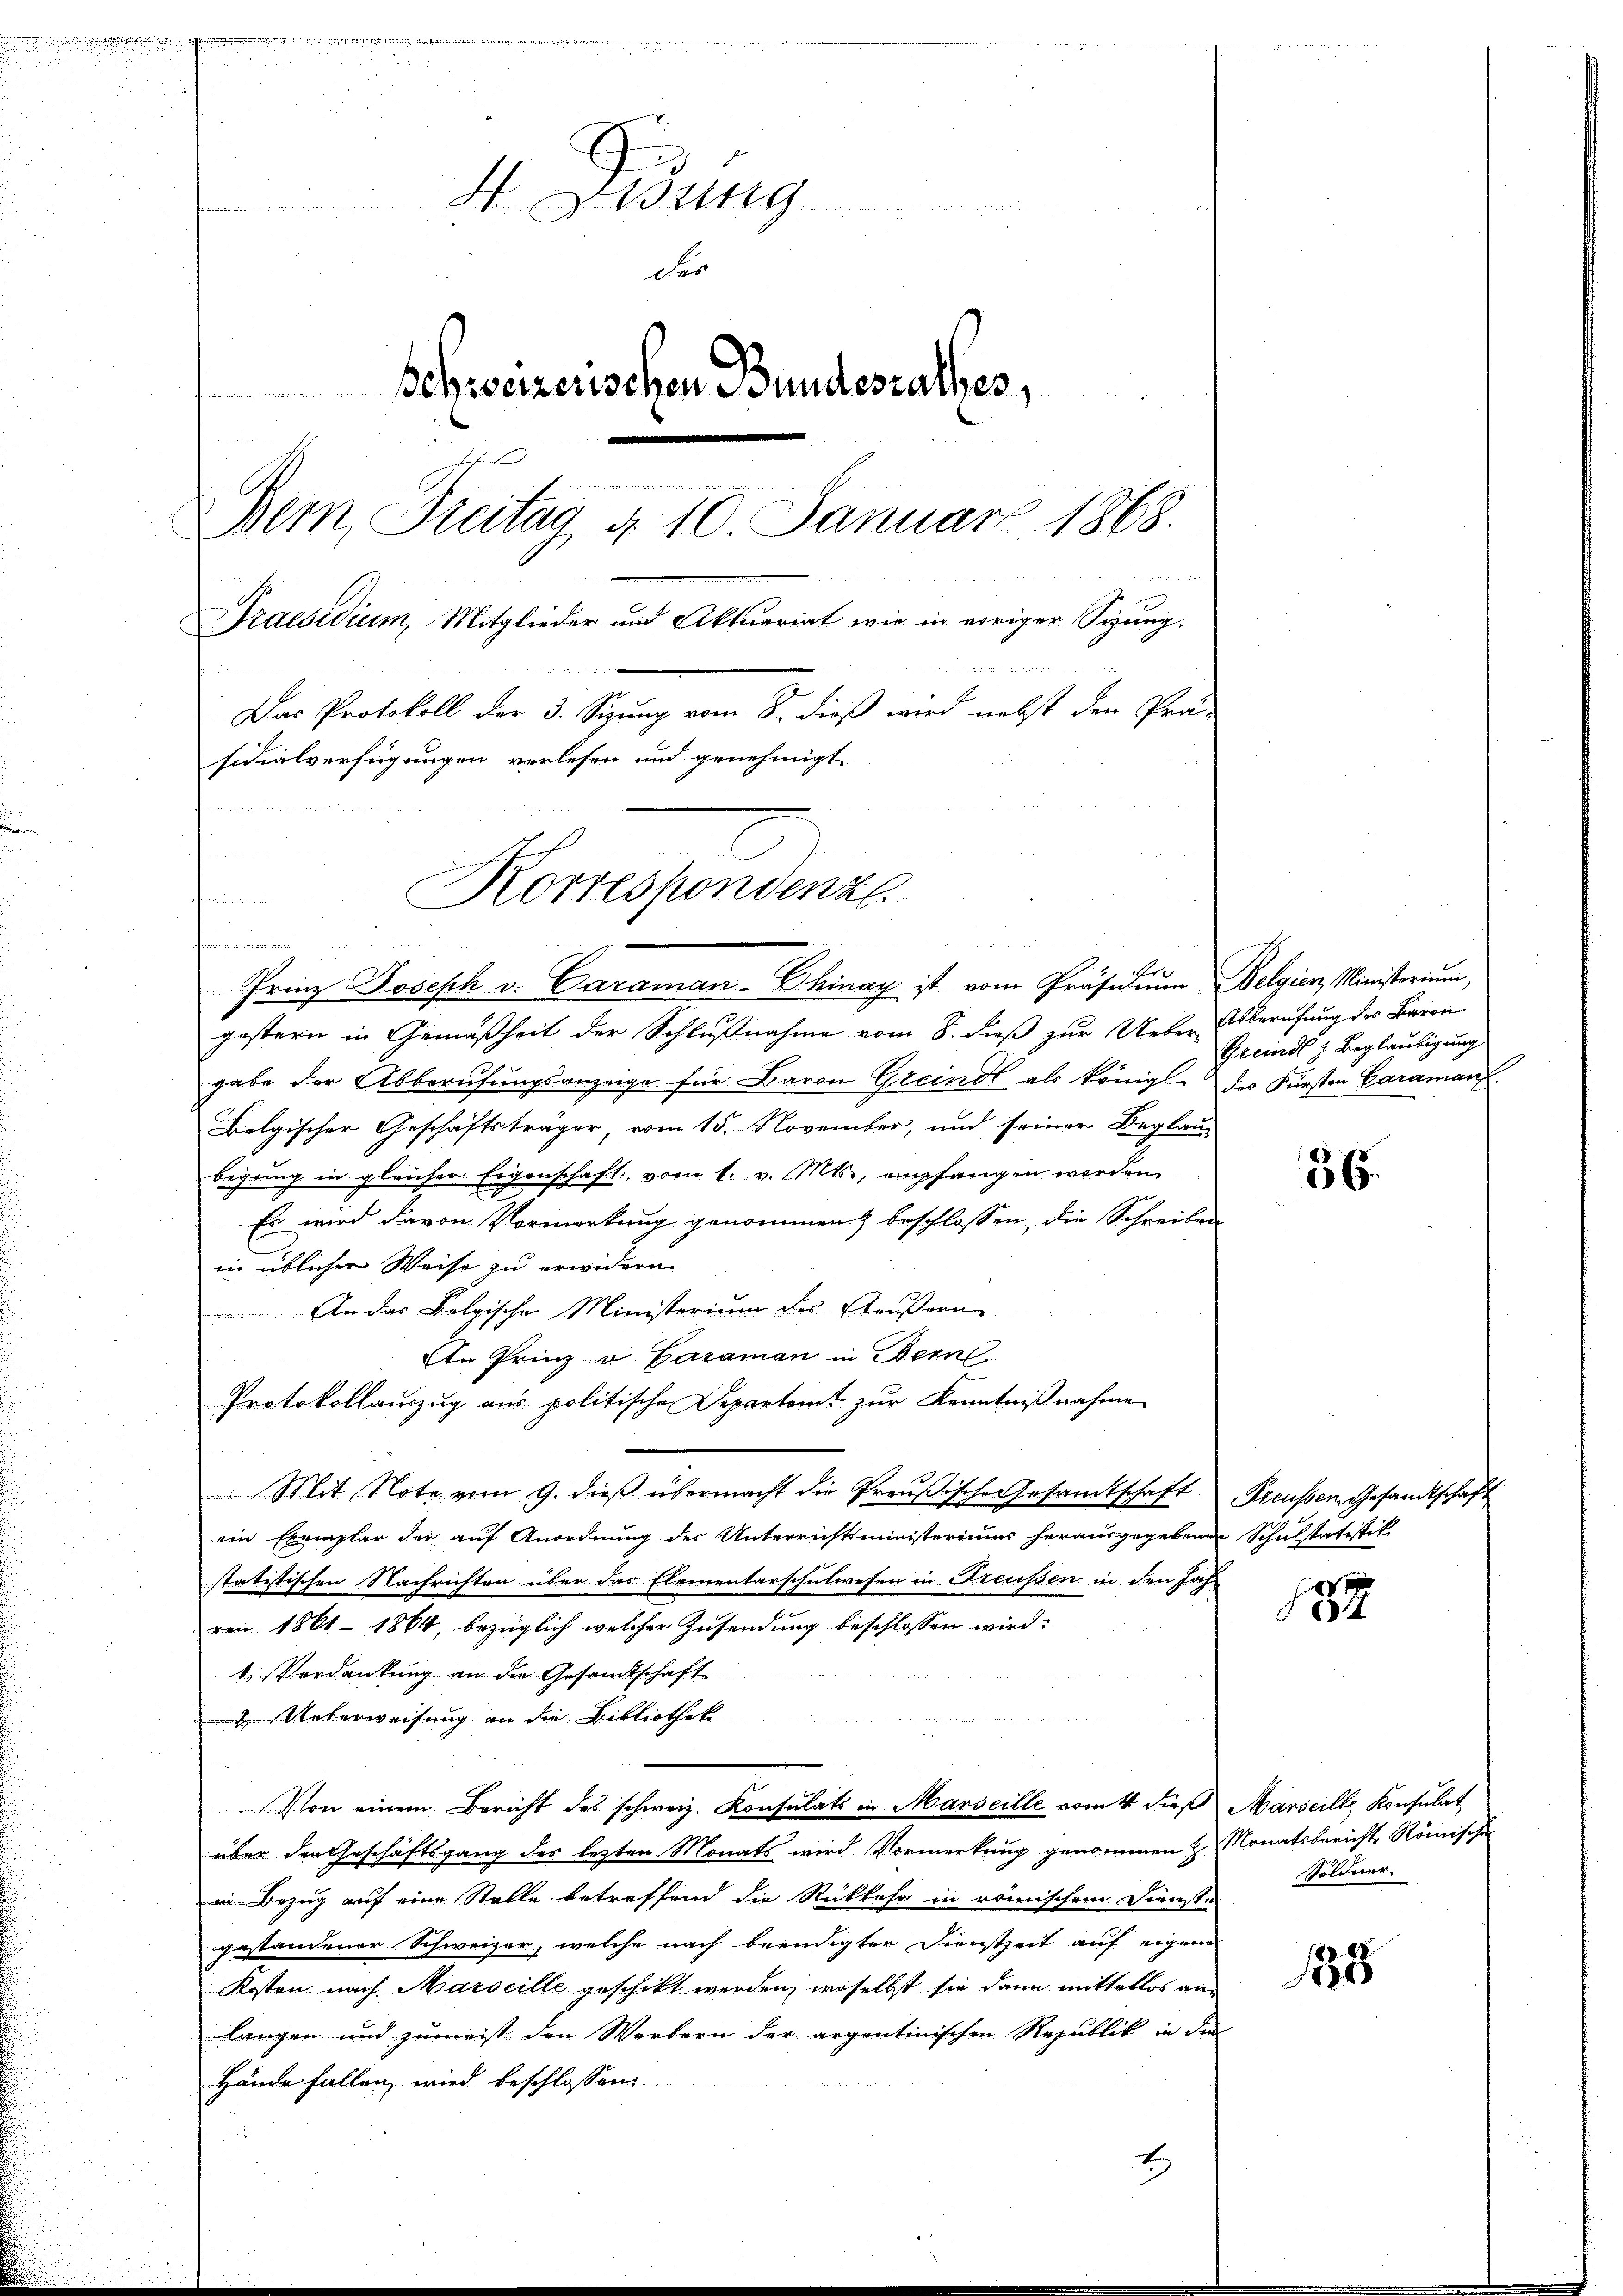
m

4. Eidung
der
Schweizerischen Bundesrathes,
n
e
Bern, Freitag d. 10. Januar 1868.
s
Praesidium, Mitglieder und Aktuariat wie in erriger Sizung,
Das Protokoll der 3. Sizung vom 8. dieß wird nebst den Prä-
sidialverfügungen verlesen und genehmigt.
u
Korrespondenz.
omuni

gestern in Gemäßheit der Schlußnahme vom 8. dieß zur Ueber-Abberufung des Baron
gabe der Abberufungsanzeige für Baron Greindl als königl. des Fürsten Caramant
Belgischer Geschäftsträger, vom 15. November, und seiner Beglau-
bigung in gleicher Eigenschaft, vom 1. v. Mts., empfangen worden
Es wird davon Vormerkung genommen) beschlossen, die Schreiben
in üblicher Weise zu erwidern.
 An das Folgische Ministerium des Aeußern
Ain Prinz u. Garaman in Bern.
Protokollauszug aus politische Departamt zur Kenntniß nahme
Mit Note vom 9. dieβ übermacht die Preußische Gesandtschaft Preusser Gesandtschaft
ein Exemplar der auf Anordnung der Unterrichtsministeriums herausgegebenen Schulstatistik
statistischen Nachrichten über das Elementarschulwesen in Treussen in den Jahr
ren 1861 - 1864, bezüglich welcher Zusendung beschlossen wird:
1. Verdankung an die Gesandtschaft
2. Ueberweisung an die Bibliothek
Von einem Bericht des schweiz. Konsulats in Marseille vom 4 dieß Marseille Konsulat
über den Geschäftsgang des lezten Monats wird Vormerkung genommen & Monatsbericht Römische
in Bezug auf eine Stalle betreffend die Rückkehr in römischen Dienste
gestandener Schweizer, welche nach beendigter Dienstzeit auf eigene
Kosten nach Marseille geschickt werden, woselbst sie dann mittellos an
langen und zumeist den Werbern der argentinischen Republik in den
Hände fallen, wird beschlossen:

Frinz Joseph v. Caraman-Thinay ist vom Präsidium Belgien, Ministerium,

br

2

Greinde Beglaubigung

36.

187

Pöldner.

188